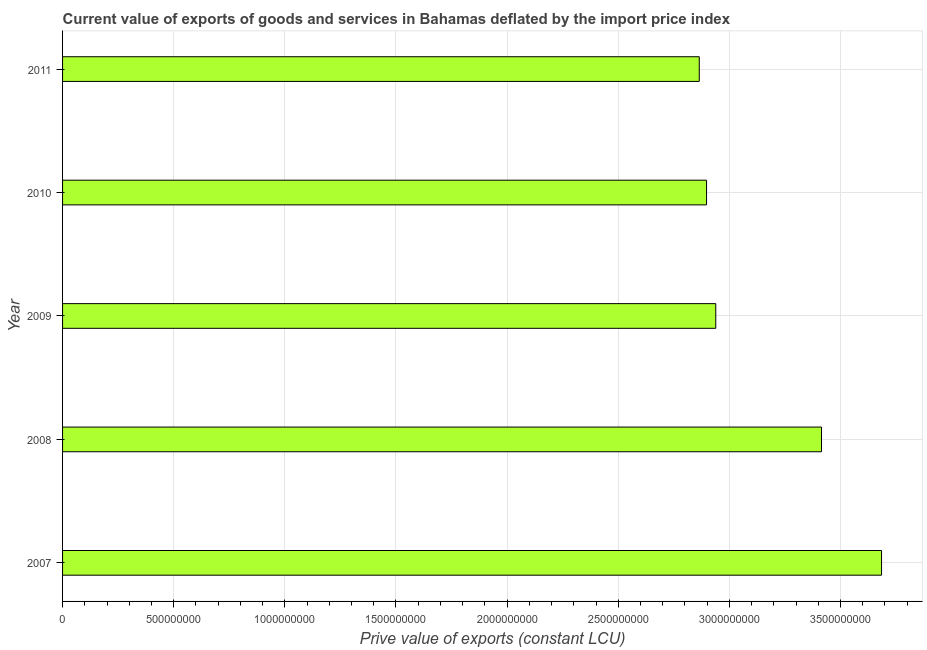
| Year | Exports as a capacity to import (constant LCU) |
 | --- | --- |
 | 2007 | 3.68e+09 |
 | 2008 | 3.41e+09 |
 | 2009 | 2.94e+09 |
 | 2010 | 2.9e+09 |
 | 2011 | 2.86e+09 |